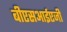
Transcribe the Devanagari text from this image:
बीएसआईएजी